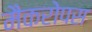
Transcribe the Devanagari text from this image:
मैकरोपस